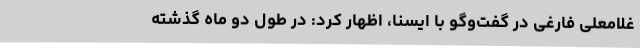
غلامعلی فارغی در گفت‌وگو با ایسنا، اظهار کرد: در طول دو ماه گذشته